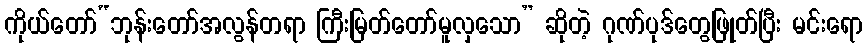
ကိုယ်တော်“ဘုန်းတော်အလွန်တရာ ကြီးမြတ်တော်မူလှသော” ဆိုတဲ့ ဂုဏ်ပုဒ်တွေဖြုတ်ပြီး မင်းရော